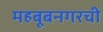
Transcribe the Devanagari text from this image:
महबूबनगरची